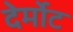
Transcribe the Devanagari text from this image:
देर्मोट